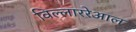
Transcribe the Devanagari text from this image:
विल्लाररेआल